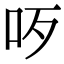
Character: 𠯪